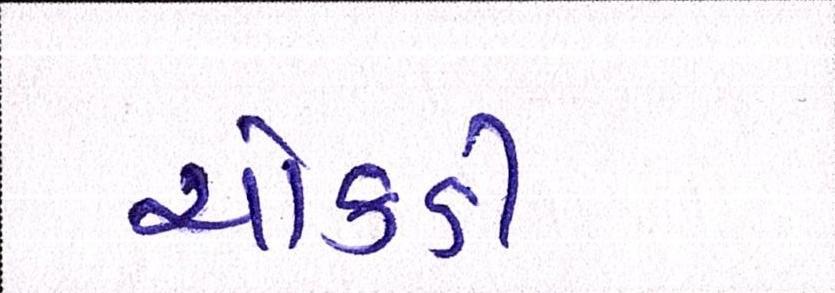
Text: ચોકડી